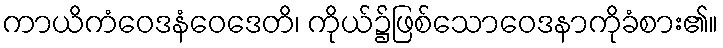
ကာယိကံဝေဒနံဝေဒေတိ၊ ကိုယ်၌ဖြစ်သောဝေဒနာကိုခံစား၏။